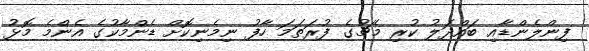
ފިންލެންޑާއި ބައްދަލު ކުރި މެޗުގެ ފުރަތަމަ ހާފު ނިމެނިކޮށް ޑެންމާކުގެ އެންމެ މޮޅު